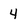
Character: 4